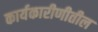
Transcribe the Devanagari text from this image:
कार्यकारीणीतील